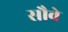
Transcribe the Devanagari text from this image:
सौवे